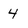
Character: 4